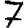
Digit: 7